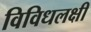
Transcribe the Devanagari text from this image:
विविधलक्षी